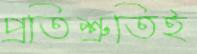
প্রতিশ্রুতিই